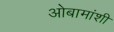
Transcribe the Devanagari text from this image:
ओबामांशी